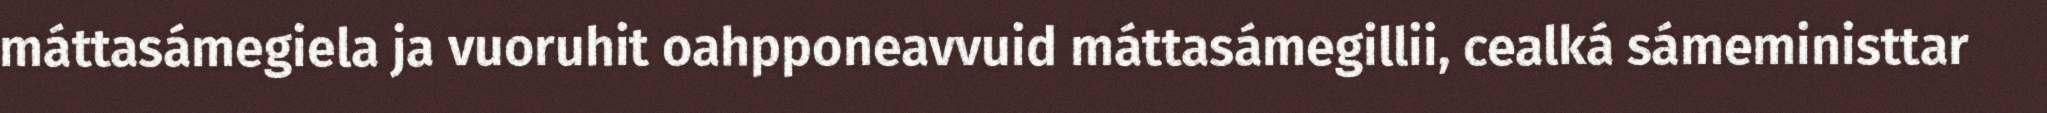
máttasámegiela ja vuoruhit oahpponeavvuid máttasámegillii, cealká sámeministtar